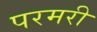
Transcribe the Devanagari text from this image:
परमरी